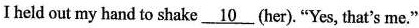
Iheld out my hand to shake\underline{10}.(her). "Yes, that's me."